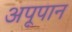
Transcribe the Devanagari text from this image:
अपूपान